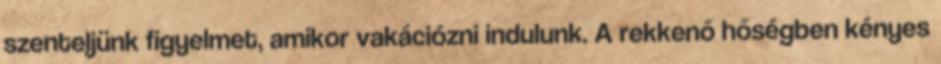
szenteljünk figyelmet, amikor vakációzni indulunk. A rekkenő hőségben kényes